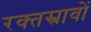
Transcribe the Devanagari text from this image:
रक्‍तस्रावों